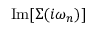
\operatorname { I m } [ \Sigma ( i \omega _ { n } ) ]